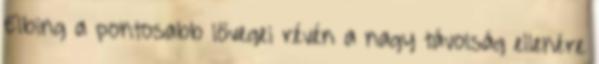
Elbing a pontosabb lövegei révén a nagy távolság ellenére